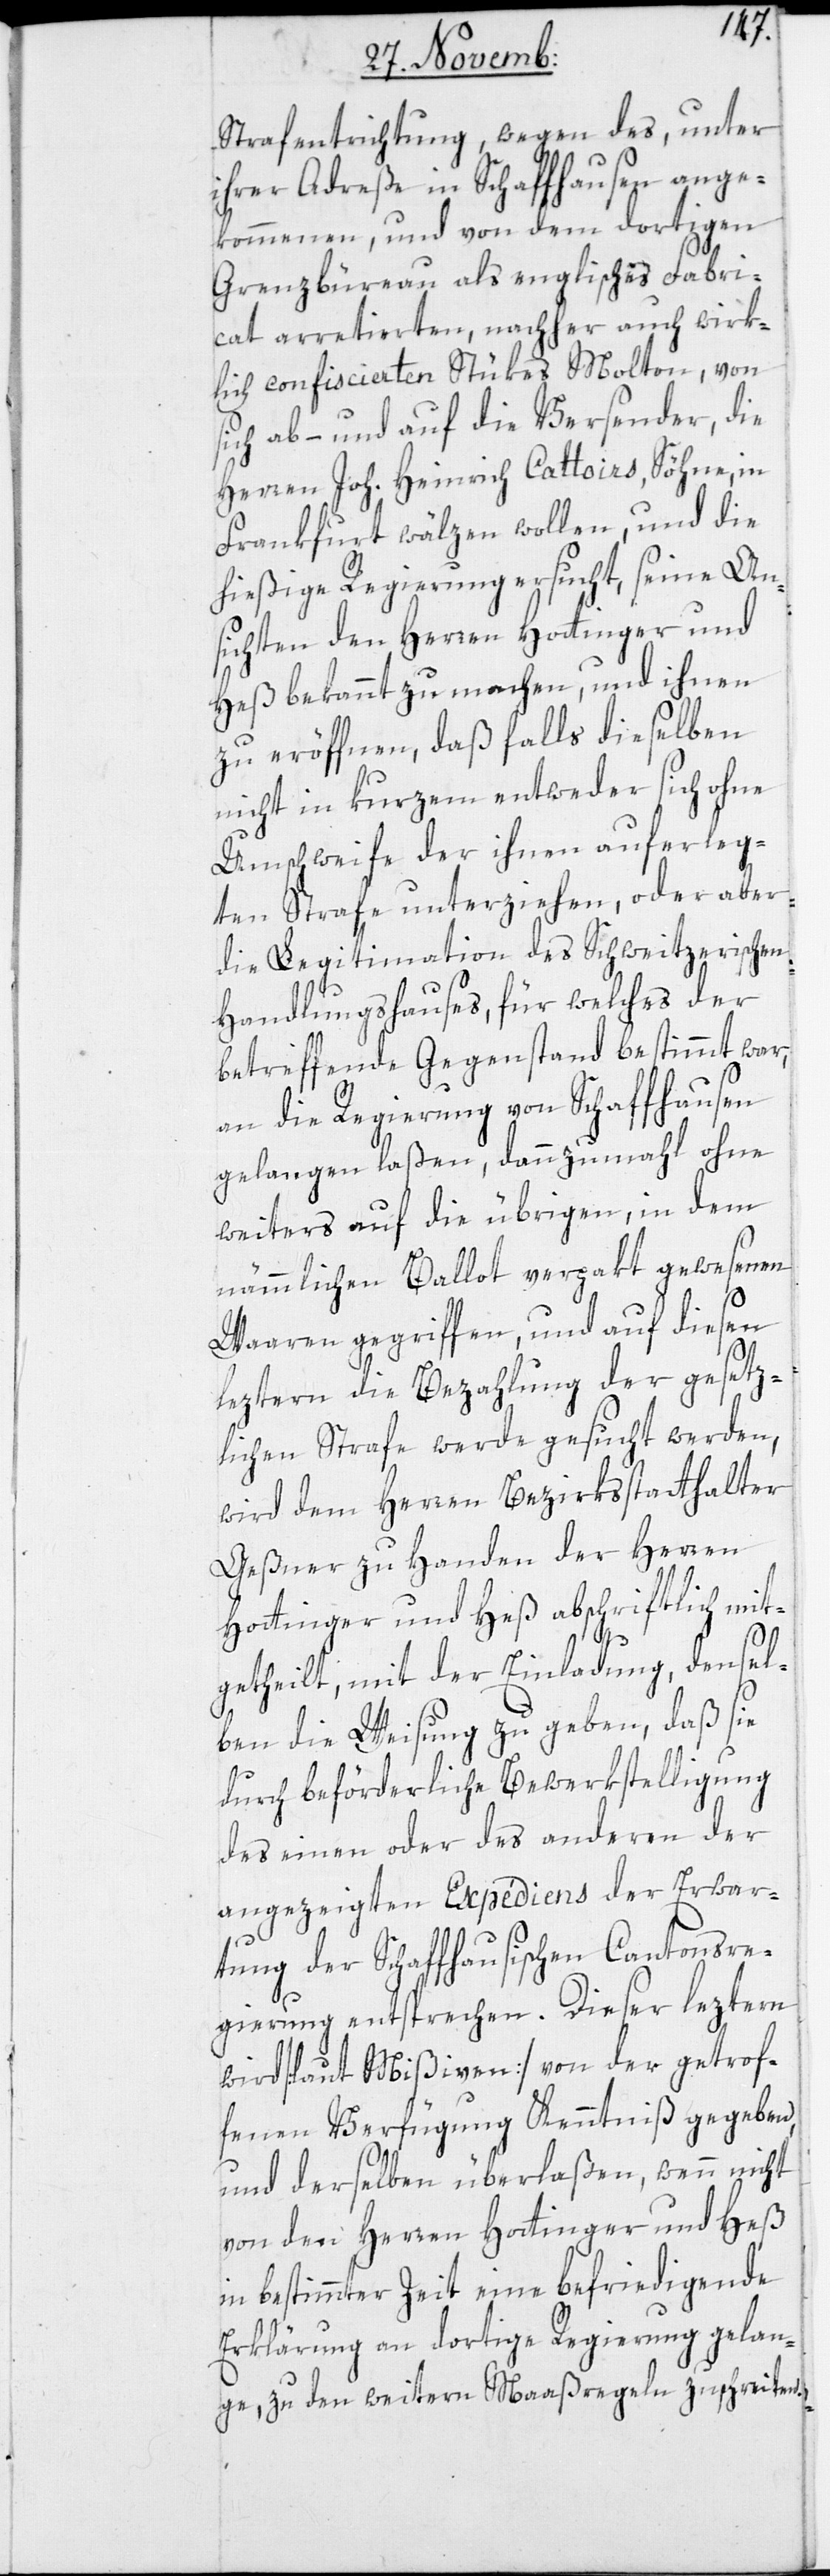
Strafentrichtung, wegen des unter
ihrer Adreße in Schaffhausen ange¬
kommenen, und von dem dortigen
Grenzbureau als englisches Fabri¬
cat arretierten, nachher auch wirk¬
lich confiscierten Stükes Molton, von
sich ab- und auf die Versender, die
Herren Joh. Heinrich Cattoirs, Söhne, in
Frankfurt, wälzen wollen, und die
hießige Regierung ersucht, seine An¬
sichten den Herren Hottinger und
Heß bekannt zu machen, und ihnen
zu eröffnen, daß falls dieselben
nicht in Kurzem entweder sich ohne
Umschweife der ihnen auferleg¬
ten Strafe unterziehen, oder aber
die Legitimation des Schweitzerischen
Handlungshauses, für welches der
betreffende Gegenstand bestimmt war,
an die Regierung von Schaffhausen
gelangen laßen, dannzumahl ohne
weiters auf die übrigen, in dem
nämmlichen Ballot verpakt gewesenen
Waaren gegriffen, und auf diesen
leztern die Bezahlung der gesetz¬
lichen Strafe werde gesucht werden,
wird dem Herren Bezirksstatthalter
Geßner zu Handen der Herren
Hottinger & Heß abschriftlich mit¬
getheilt, mit der Einladung, densel¬
ben die Weisung zu geben, daß sie
durch beförderliche Bewerkstelligung
des einen oder des anderen der
angezeigten Expédiens der Erwar¬
tung der Schaffhausischen Cantonsre¬
gierung entsprechen. Dieser leztern
wird [laut Mißiven] von der getrof¬
fenen Verfügung Kenntniß gegeben,
und derselben überlaßen, wenn nicht
von den Herren Hottinger und Heß
in bestimmter Zeit eine befriedigende
Erklärung an dortige Regierung gelan¬
ge, zu den weitern Maßregeln zu schreiten.